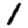
Digit: 1